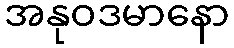
အနုဝဒမာနော